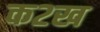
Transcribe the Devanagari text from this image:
क२ख